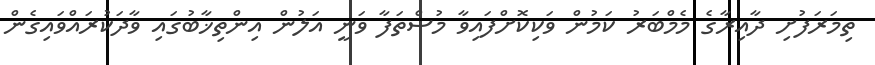
ތިމަރަފުށި ދާއިރާގެ މެމްބަރު ކަމުން ވަކިކޮށްފައިވާ މުސްތަފާ ވަނީ އަލުން އިންތިޚާބުގައި ވާދަކުރައްވައިގެން